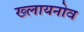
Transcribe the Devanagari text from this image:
ख्लायनोव